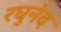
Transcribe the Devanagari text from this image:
रघुनंद